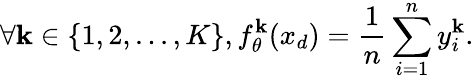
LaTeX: \forall\mathbf{k}\in\{ 1,2,...,K\} ,f_{\theta}^{\mathbf{k}}(x_{d})=\frac{{1}}{{n}}\sum_{i=1}^{n}y_{i}^{\mathbf{k}}{\mathrm{{.}}}